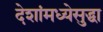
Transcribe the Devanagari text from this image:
देशांमध्येसुद्धा